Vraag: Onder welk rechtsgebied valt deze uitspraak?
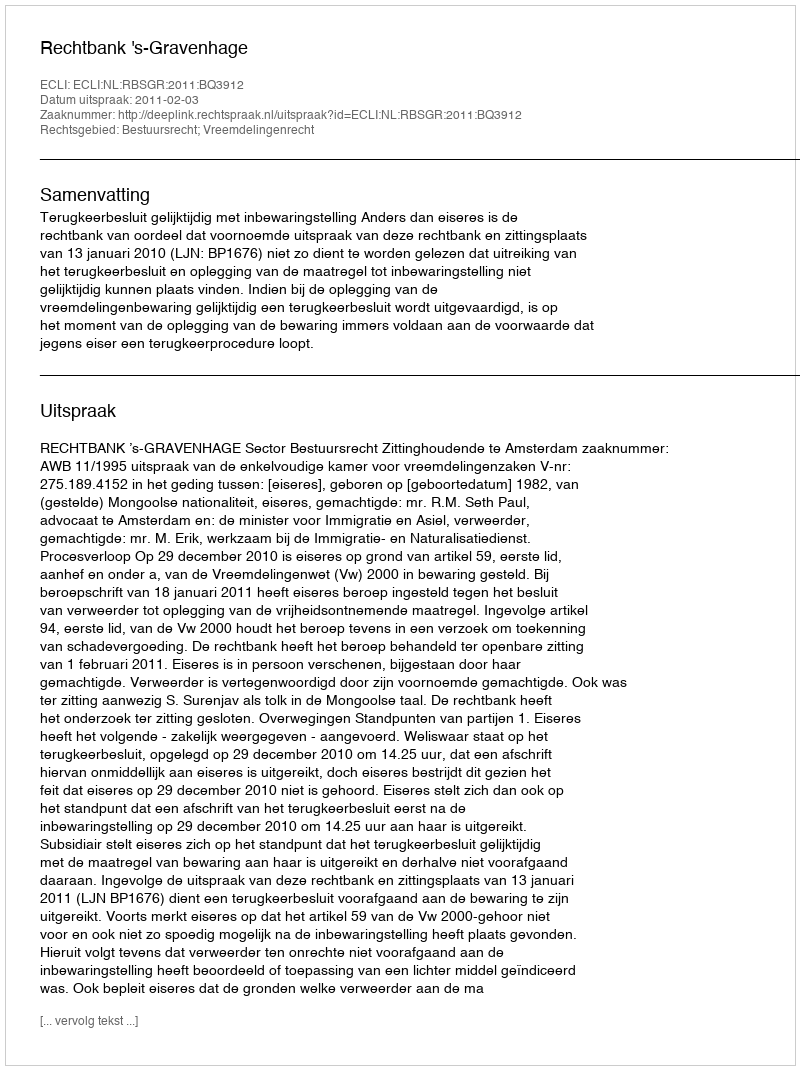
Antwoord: Bestuursrecht; Vreemdelingenrecht